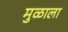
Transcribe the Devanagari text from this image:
मुळाला